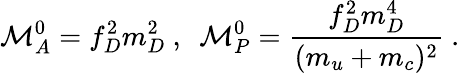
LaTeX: {\cal M}_{A}^{0}=f_{D}^{2}m_{D}^{2}~,~~{\cal M}_{P}^{0}=\frac{f_{D}^{2}m_{D}^{4}}{(m_{u}+m_{c})^{2}}~.